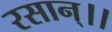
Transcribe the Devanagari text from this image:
रसान्।।